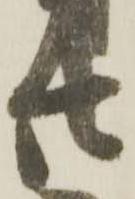
廿